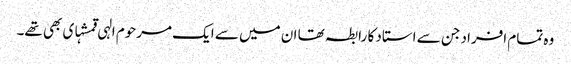
وہ تمام افراد جن سے استاد کا رابطہ تھا ان میں سے ایک مرحوم الہی قمشہ‏ای بھی تھے۔